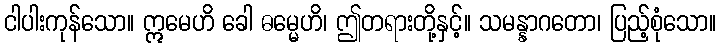
ငါပါးကုန်သော။ ဣမေဟိ ခေါ ဓမ္မေဟိ၊ ဤတရားတို့နှင့်။ သမန္နာဂတော၊ ပြည့်စုံသော။